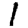
Digit: 1